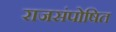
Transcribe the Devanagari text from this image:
राजसंपोषित